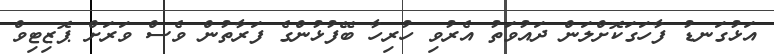
އަޅުގަނޑު ފާހަގަކޮށްލަން ދައުވަތު އެރުވި ހުރިހާ ބޭފުޅުންގެ ފަރާތުން ވެސް ވަރަށް ޕޮޒިޓިވް